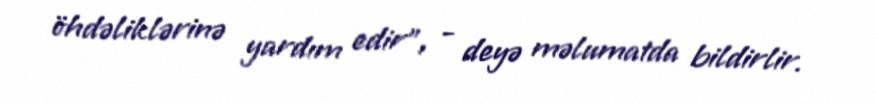
öhdəliklərinə yardım edir", - deyə məlumatda bildirlir.